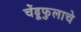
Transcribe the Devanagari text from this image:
चेंडूफुलाचे